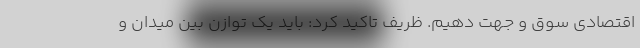
اقتصادی سوق و جهت دهیم. ظریف تاکید کرد: باید یک توازن بین میدان و